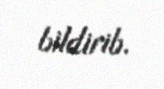
bildirib.